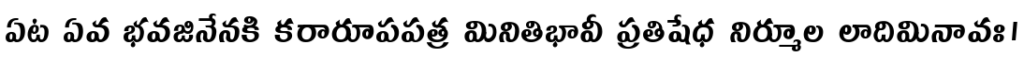
ఏట ఏవ భవజినేనకి కరారూపపత్ర మినితిభావీ ప్రతిషేధ నిర్మూల లాదిమినావః।